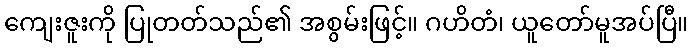
ကျေးဇူးကို ပြုတတ်သည်၏ အစွမ်းဖြင့်။ ဂဟိတံ၊ ယူတော်မူအပ်ပြီ။